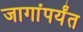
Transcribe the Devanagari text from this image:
जागांपर्यंत